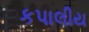
કપાલીય